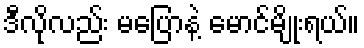
ဒီလိုလည်း မပြောနဲ့ မောင်မျိုးရယ်။